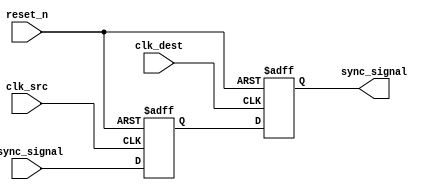
module signal_level_crossing_synchronizer #(
    parameter WIDTH = 1 // Width of the signal to be synchronized
)(
    input wire clk_src,                // Source clock domain
    input wire clk_dest,               // Destination clock domain
    input wire [WIDTH-1:0] async_signal, // Asynchronous input signal
    input wire reset_n,                // Active low asynchronous reset
    output reg [WIDTH-1:0] sync_signal  // Synchronized output signal
);

    reg [WIDTH-1:0] sync_stage1; // First stage of synchronization

    // First stage: Sample the async_signal on the source clock
    always @(posedge clk_src or negedge reset_n) begin
        if (!reset_n) begin
            sync_stage1 <= {WIDTH{1'b0}};  // Initialize to zero on reset
        end else begin
            sync_stage1 <= async_signal;    // Sample the incoming asynchronous signal
        end
    end

    // Second stage: Sample the output of stage 1 on the destination clock
    always @(posedge clk_dest or negedge reset_n) begin
        if (!reset_n) begin
            sync_signal <= {WIDTH{1'b0}};  // Initialize to zero on reset
        end else begin
            sync_signal <= sync_stage1;     // Sample the first-stage synchronized signal
        end
    end

endmodule